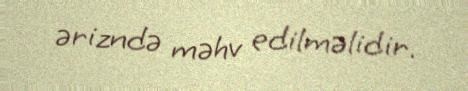
ərizndə məhv edilməlidir.